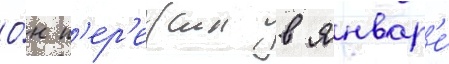
О́н п'ер'ежил в январ'е́